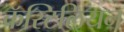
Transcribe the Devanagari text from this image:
कॅस्टिलियन